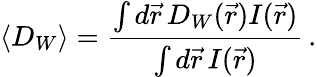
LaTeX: \langle D_{W}\rangle=\frac{\int d\vec{r}\, D_{W}(\vec{r})I(\vec{r})}{\int d\vec{r}\, I(\vec{r})}\, .